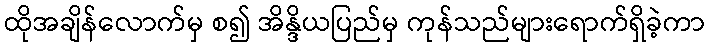
ထိုအချိန်လောက်မှ စ၍ အိန္ဒိယပြည်မှ ကုန်သည်များရောက်ရှိခဲ့ကာ